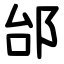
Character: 邰